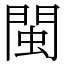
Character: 閩